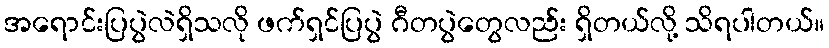
အရောင်းပြပွဲလဲရှိသလို ဖက်ရှင်ပြပွဲ ဂီတပွဲတွေလည်း ရှိတယ်လို့ သိရပါတယ်။